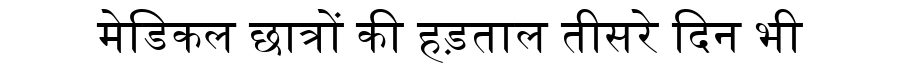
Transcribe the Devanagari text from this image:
मेडिकल छात्रों की हड़ताल तीसरे दिन भी